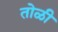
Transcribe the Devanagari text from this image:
तोळी